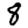
Digit: 8